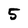
Character: 5